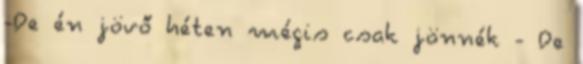
-De én jövő héten mégis csak jönnék - De